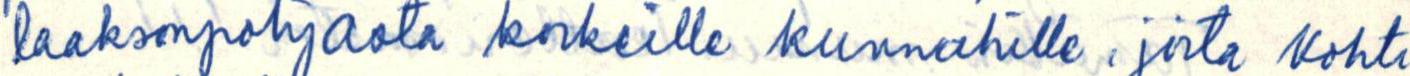
laaksonpohjalta korkeille kunnahille. joita kohti